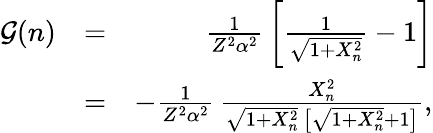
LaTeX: \begin{array}{rlr}{\mathcal{G}(n)}&{=}&{\frac{1}{Z^{2}\alpha^{2}}\, \bigg[\frac{1}{\sqrt{1+X_{n}^{2}}}-1\bigg]}\\ &{=}&{-\frac{1}{Z^{2}\alpha^{2}}\, \frac{X_{n}^{2}}{\sqrt{1+X_{n}^{2}}\, \big[\sqrt{1+X_{n}^{2}}+1\big]},}\end{array}